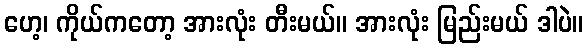
ဟေ့၊ ကိုယ်ကတော့ အားလုံး တီးမယ်။ အားလုံး မြည်းမယ် ဒါပဲ။